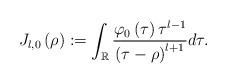
LaTeX: \begin{align*}J_{l,0}\left( \rho\right) :=\int_{\mathbb{R}}\frac{\varphi_{0}\left(\tau\right) \tau^{l-1}}{\left( \tau-\rho\right) ^{l+1}}d\tau.\end{align*}